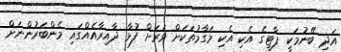
އަދި ބޭނުމަކީ ޕާޓީގެ އެކި އެކި މަގާމުތަކަށް ވަރަށް ފުޅާ ދާއިރާއެއްގައި މެންބަރުންނަށް